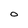
Character: o